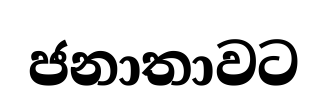
ජනාතාවට